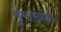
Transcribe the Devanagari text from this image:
कुमास्योंण